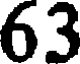
63